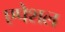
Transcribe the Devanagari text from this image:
एपेशल